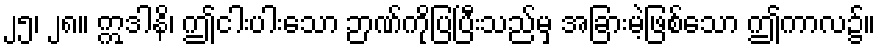
၂၅၊ ၂၈။ ဣဒါနိ၊ ဤငါးပါးသော ဉာဏ်ကိုပြပြီးသည်မှ အခြားမဲ့ဖြစ်သော ဤကာလ၌။